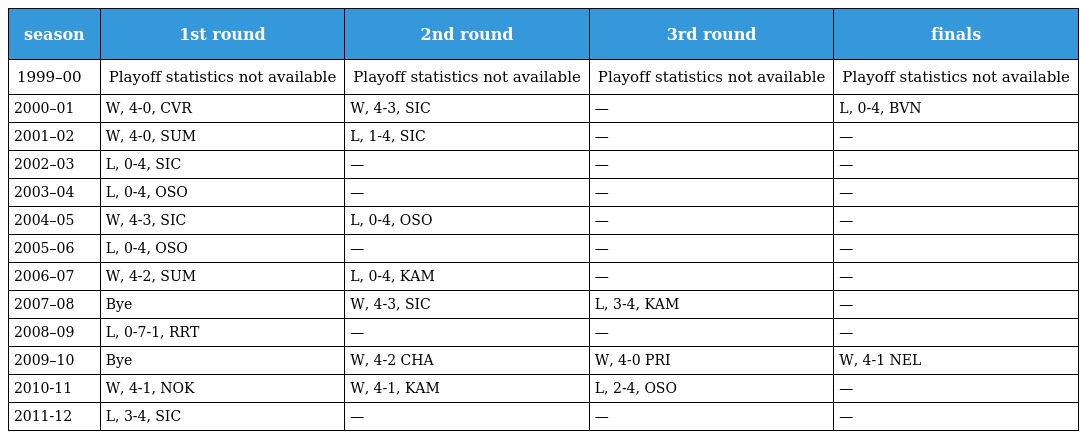
| season | 1st round | 2nd round | 3rd round | finals |
 | --- | --- | --- | --- | --- |
 | 1999–00 | Playoff statistics not available | Playoff statistics not available | Playoff statistics not available | Playoff statistics not available |
 | 2000–01 | W, 4-0, CVR | W, 4-3, SIC | — | L, 0-4, BVN |
 | 2001–02 | W, 4-0, SUM | L, 1-4, SIC | — | — |
 | 2002–03 | L, 0-4, SIC | — | — | — |
 | 2003–04 | L, 0-4, OSO | — | — | — |
 | 2004–05 | W, 4-3, SIC | L, 0-4, OSO | — | — |
 | 2005–06 | L, 0-4, OSO | — | — | — |
 | 2006–07 | W, 4-2, SUM | L, 0-4, KAM | — | — |
 | 2007–08 | Bye | W, 4-3, SIC | L, 3-4, KAM | — |
 | 2008–09 | L, 0-7-1, RRT | — | — | — |
 | 2009–10 | Bye | W, 4-2 CHA | W, 4-0 PRI | W, 4-1 NEL |
 | 2010-11 | W, 4-1, NOK | W, 4-1, KAM | L, 2-4, OSO | — |
 | 2011-12 | L, 3-4, SIC | — | — | — |